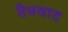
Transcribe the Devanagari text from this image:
तैत्रवाद